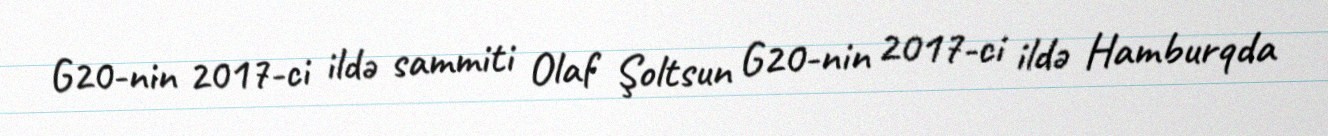
G20-nin 2017-ci ildə sammiti Olaf Şoltsun G20-nin 2017-ci ildə Hamburqda